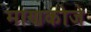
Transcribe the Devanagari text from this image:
माणकोजे